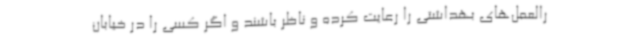
رالعمل‌های بهداشتی را رعایت کرده و ناظر باشند و اگر کسی را در خیابان